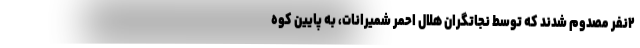
۲نفر مصدوم‌ شدند که توسط نجاتگران هلال احمر شمیرانات، به پایین کوه